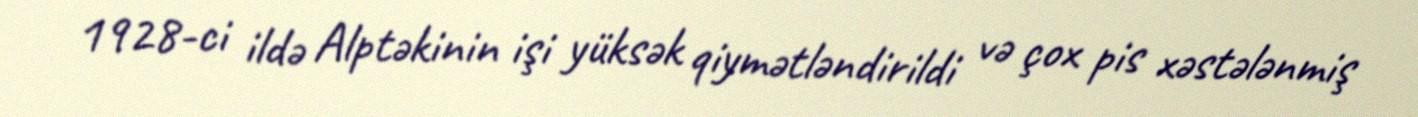
1928-ci ildə Alptəkinin işi yüksək qiymətləndirildi və çox pis xəstələnmiş